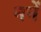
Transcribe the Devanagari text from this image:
ननें